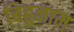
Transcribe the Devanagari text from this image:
बिहूनाम